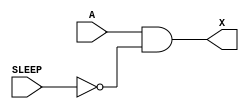
module sky130_fd_sc_hdll__inputiso0p (
    X    ,
    A    ,
    SLEEP
);

    // Module ports
    output X    ;
    input  A    ;
    input  SLEEP;

    // Module supplies
    supply1 VPWR;
    supply0 VGND;
    supply1 VPB ;
    supply0 VNB ;

    // Local signals
    wire sleepn;

    //  Name  Output  Other arguments
    not not0 (sleepn, SLEEP          );
    and and0 (X     , A, sleepn      );

endmodule